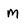
Character: M